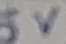
Text: 5V